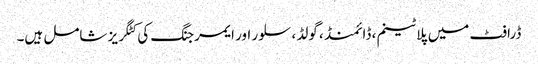
ڈرافٹ میں پلاٹینم ، ڈائمنڈ ، گولڈ ، سلور اور ایمرجنگ کی کٹگریز شامل ہیں۔